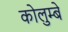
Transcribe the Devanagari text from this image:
कोलुम्बे